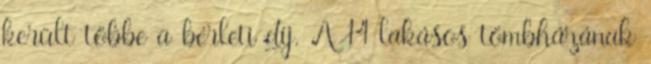
került többe a bérleti díj. A 14 lakásos tömbházának